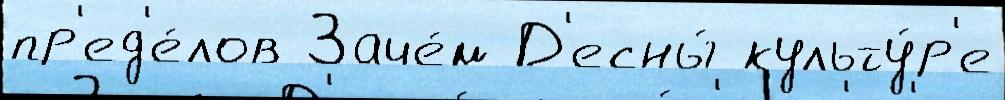
пр'ед'е́лов Заче́м Д'есны́ культу́р'е